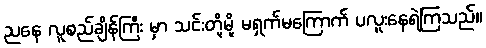
ညနေ လူစည်ချိန်ကြီး မှာ သင်းတို့မို့ မရှက်မကြောက် ပလူးနေရဲကြသည်။